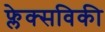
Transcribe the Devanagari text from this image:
फ्लेक्सविकी